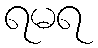
ရမရ